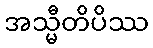
အသ္မီတိပိဿ